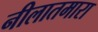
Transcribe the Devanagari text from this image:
नीलातमारा